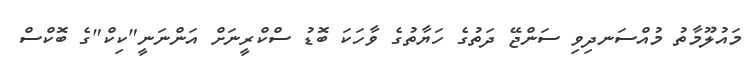
މައުލޫމާތު މުއްސަނދިވި ސަންޖޭ ދަތުގެ ހަޔާތުގެ ވާހަކަ ބޮޑު ސްކްރީނަށް އަންނަނީ"ކިކް"ގެ ބޮކްސް